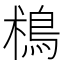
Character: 𩿯